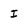
Character: I